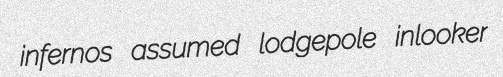
infernos assumed lodgepole inlooker